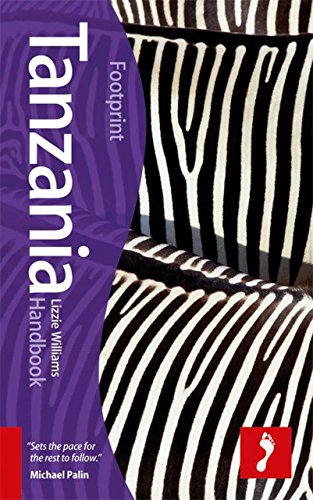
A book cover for Tanzania Handbook (Footprint - Handbooks); Lizzie Williams; Travel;